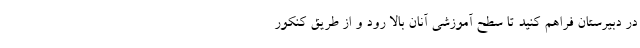
در دبیرستان فراهم کنید تا سطح آموزشی آنان بالا رود و از طریق کنکور